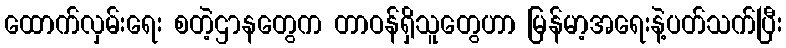
ထောက်လှမ်းရေး စတဲ့ဌာနတွေက တာဝန်ရှိသူတွေဟာ မြန်မာ့အရေးနဲ့ပတ်သက်ပြီး